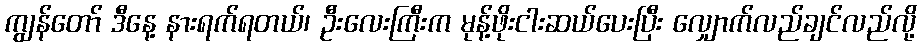
ကျွန်တော် ဒီနေ့ နားရက်ရတယ်၊ ဦးလေးကြီးက မုန့်ဖိုးငါးဆယ်ပေးပြီး လျှောက်လည်ချင်လည်လို့